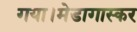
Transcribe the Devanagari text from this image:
गया।मेडागास्कर